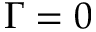
\Gamma = 0